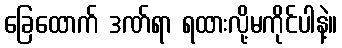
ခြေထောက် ဒဏ်ရာ ရထားလို့မကိုင်ပါနဲ့။